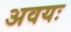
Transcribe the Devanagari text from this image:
अवयः